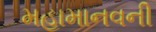
મહામાનવની